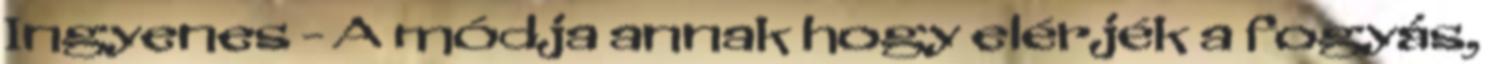
Ingyenes - A módja annak hogy elérjék a fogyás,